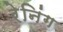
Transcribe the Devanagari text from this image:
रेनिंग